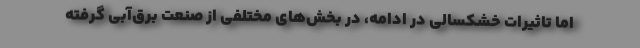
اما تاثیرات خشکسالی در ادامه، در بخش‌های مختلفی از صنعت برق‌آبی گرفته